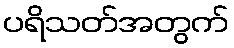
ပရိသတ်အတွက်